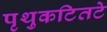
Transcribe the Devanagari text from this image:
पृथुकटितटे